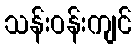
သန်းဝန်းကျင်